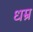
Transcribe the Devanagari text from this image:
धम्र